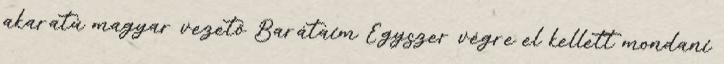
akaratú magyar vezető Barátaim Egyszer végre el kellett mondani